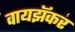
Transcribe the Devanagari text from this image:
वायझॅकर